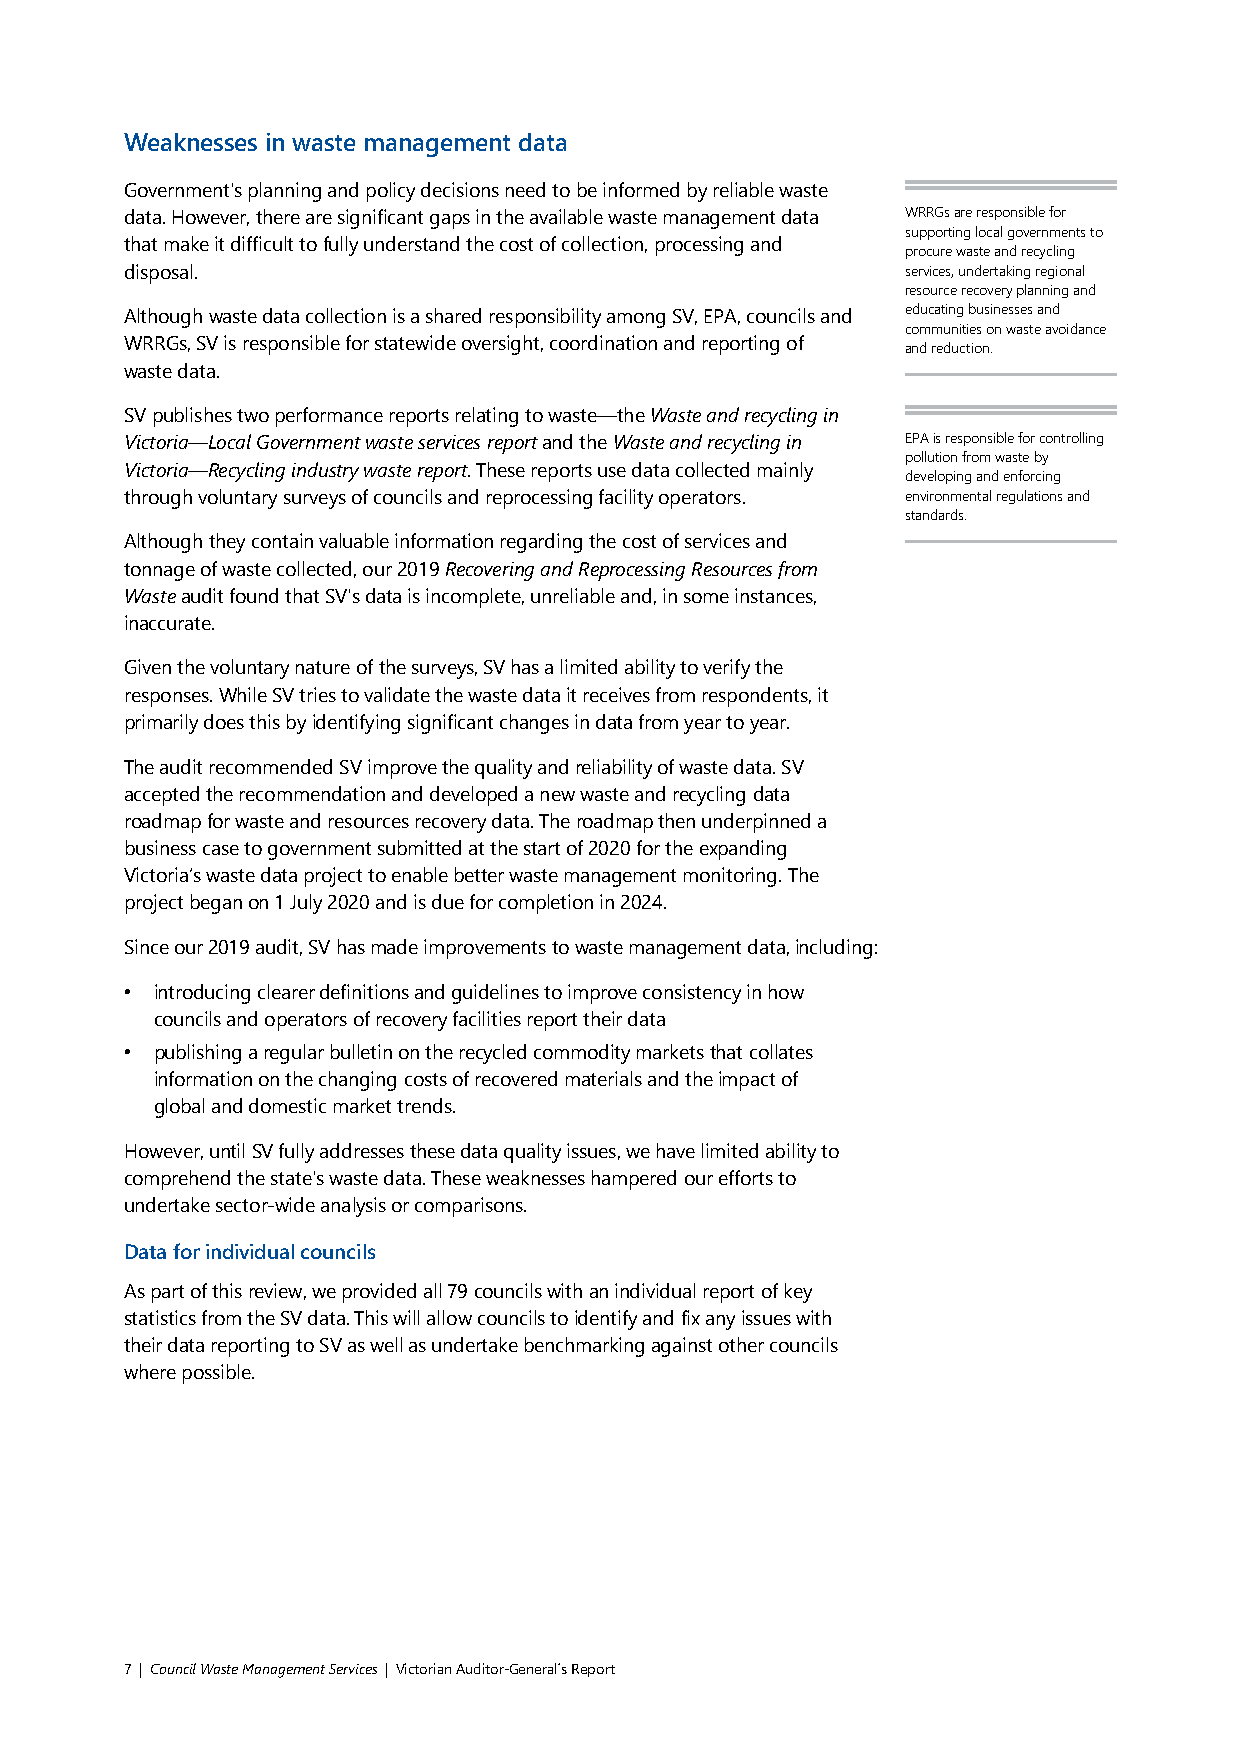
Weaknesses in waste management data
 Government's planning and policy decisions need to be informed by reliable waste
 data. However, there are significant gaps in the available waste management data WRRGs are responsible for
 supporting local governments to
 that make it difficult to fully understand the cost of collection, processing and
 procure waste and recycling
 disposal.                                           services, undertaking regional
 resource recovery planning and
 Although waste data collection is a shared responsibility among SV, EPA, councils and educating businesses and
 communities on waste avoidance
 WRRGs, SV is responsible for statewide oversight, coordination and reporting of
 and reduction.
 waste data.
 SV publishes two performance reports relating to waste—the Waste and recycling in
 Victoria—Local Government waste services report and the Waste and recycling in EPA is responsible for controlling
 pollution from waste by
 Victoria—Recycling industry waste report. These reports use data collected mainly
 developing and enforcing
 through voluntary surveys of councils and reprocessing facility operators. environmental regulations and
 standards.
 Although they contain valuable information regarding the cost of services and
 tonnage of waste collected, our 2019 Recovering and Reprocessing Resources from
 Waste audit found that SV's data is incomplete, unreliable and, in some instances,
 inaccurate.
 Given the voluntary nature of the surveys, SV has a limited ability to verify the
 responses. While SV tries to validate the waste data it receives from respondents, it
 primarily does this by identifying significant changes in data from year to year.
 The audit recommended SV improve the quality and reliability of waste data. SV
 accepted the recommendation and developed a new waste and recycling data
 roadmap for waste and resources recovery data. The roadmap then underpinned a
 business case to government submitted at the start of 2020 for the expanding
 Victoria’s waste data project to enable better waste management monitoring. The
 project began on 1 July 2020 and is due for completion in 2024.
 Since our 2019 audit, SV has made improvements to waste management data, including:
 • introducing clearer definitions and guidelines to improve consistency in how
 councils and operators of recovery facilities report their data
 • publishing a regular bulletin on the recycled commodity markets that collates
 information on the changing costs of recovered materials and the impact of
 global and domestic market trends.
 However, until SV fully addresses these data quality issues, we have limited ability to
 comprehend the state's waste data. These weaknesses hampered our efforts to
 undertake sector-wide analysis or comparisons.
 Data for individual councils
 As part of this review, we provided all 79 councils with an individual report of key
 statistics from the SV data. This will allow councils to identify and fix any issues with
 their data reporting to SV as well as undertake benchmarking against other councils
 where possible.
 7 | Council Waste Management Services | Victorian Auditor-General´s Report